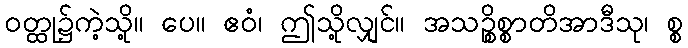
ဝတ္ထု၌ကဲ့သို့။ ပေ။ ဧဝံ၊ ဤသို့လျှင်။ အသဉ္စိစ္စာတိအာဒီသု၊ စ္စ